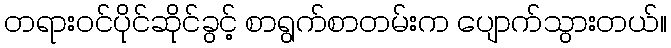
တရားဝင်ပိုင်ဆိုင်ခွင့် စာရွက်စာတမ်းက ပျောက်သွားတယ်။